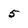
Character: 5